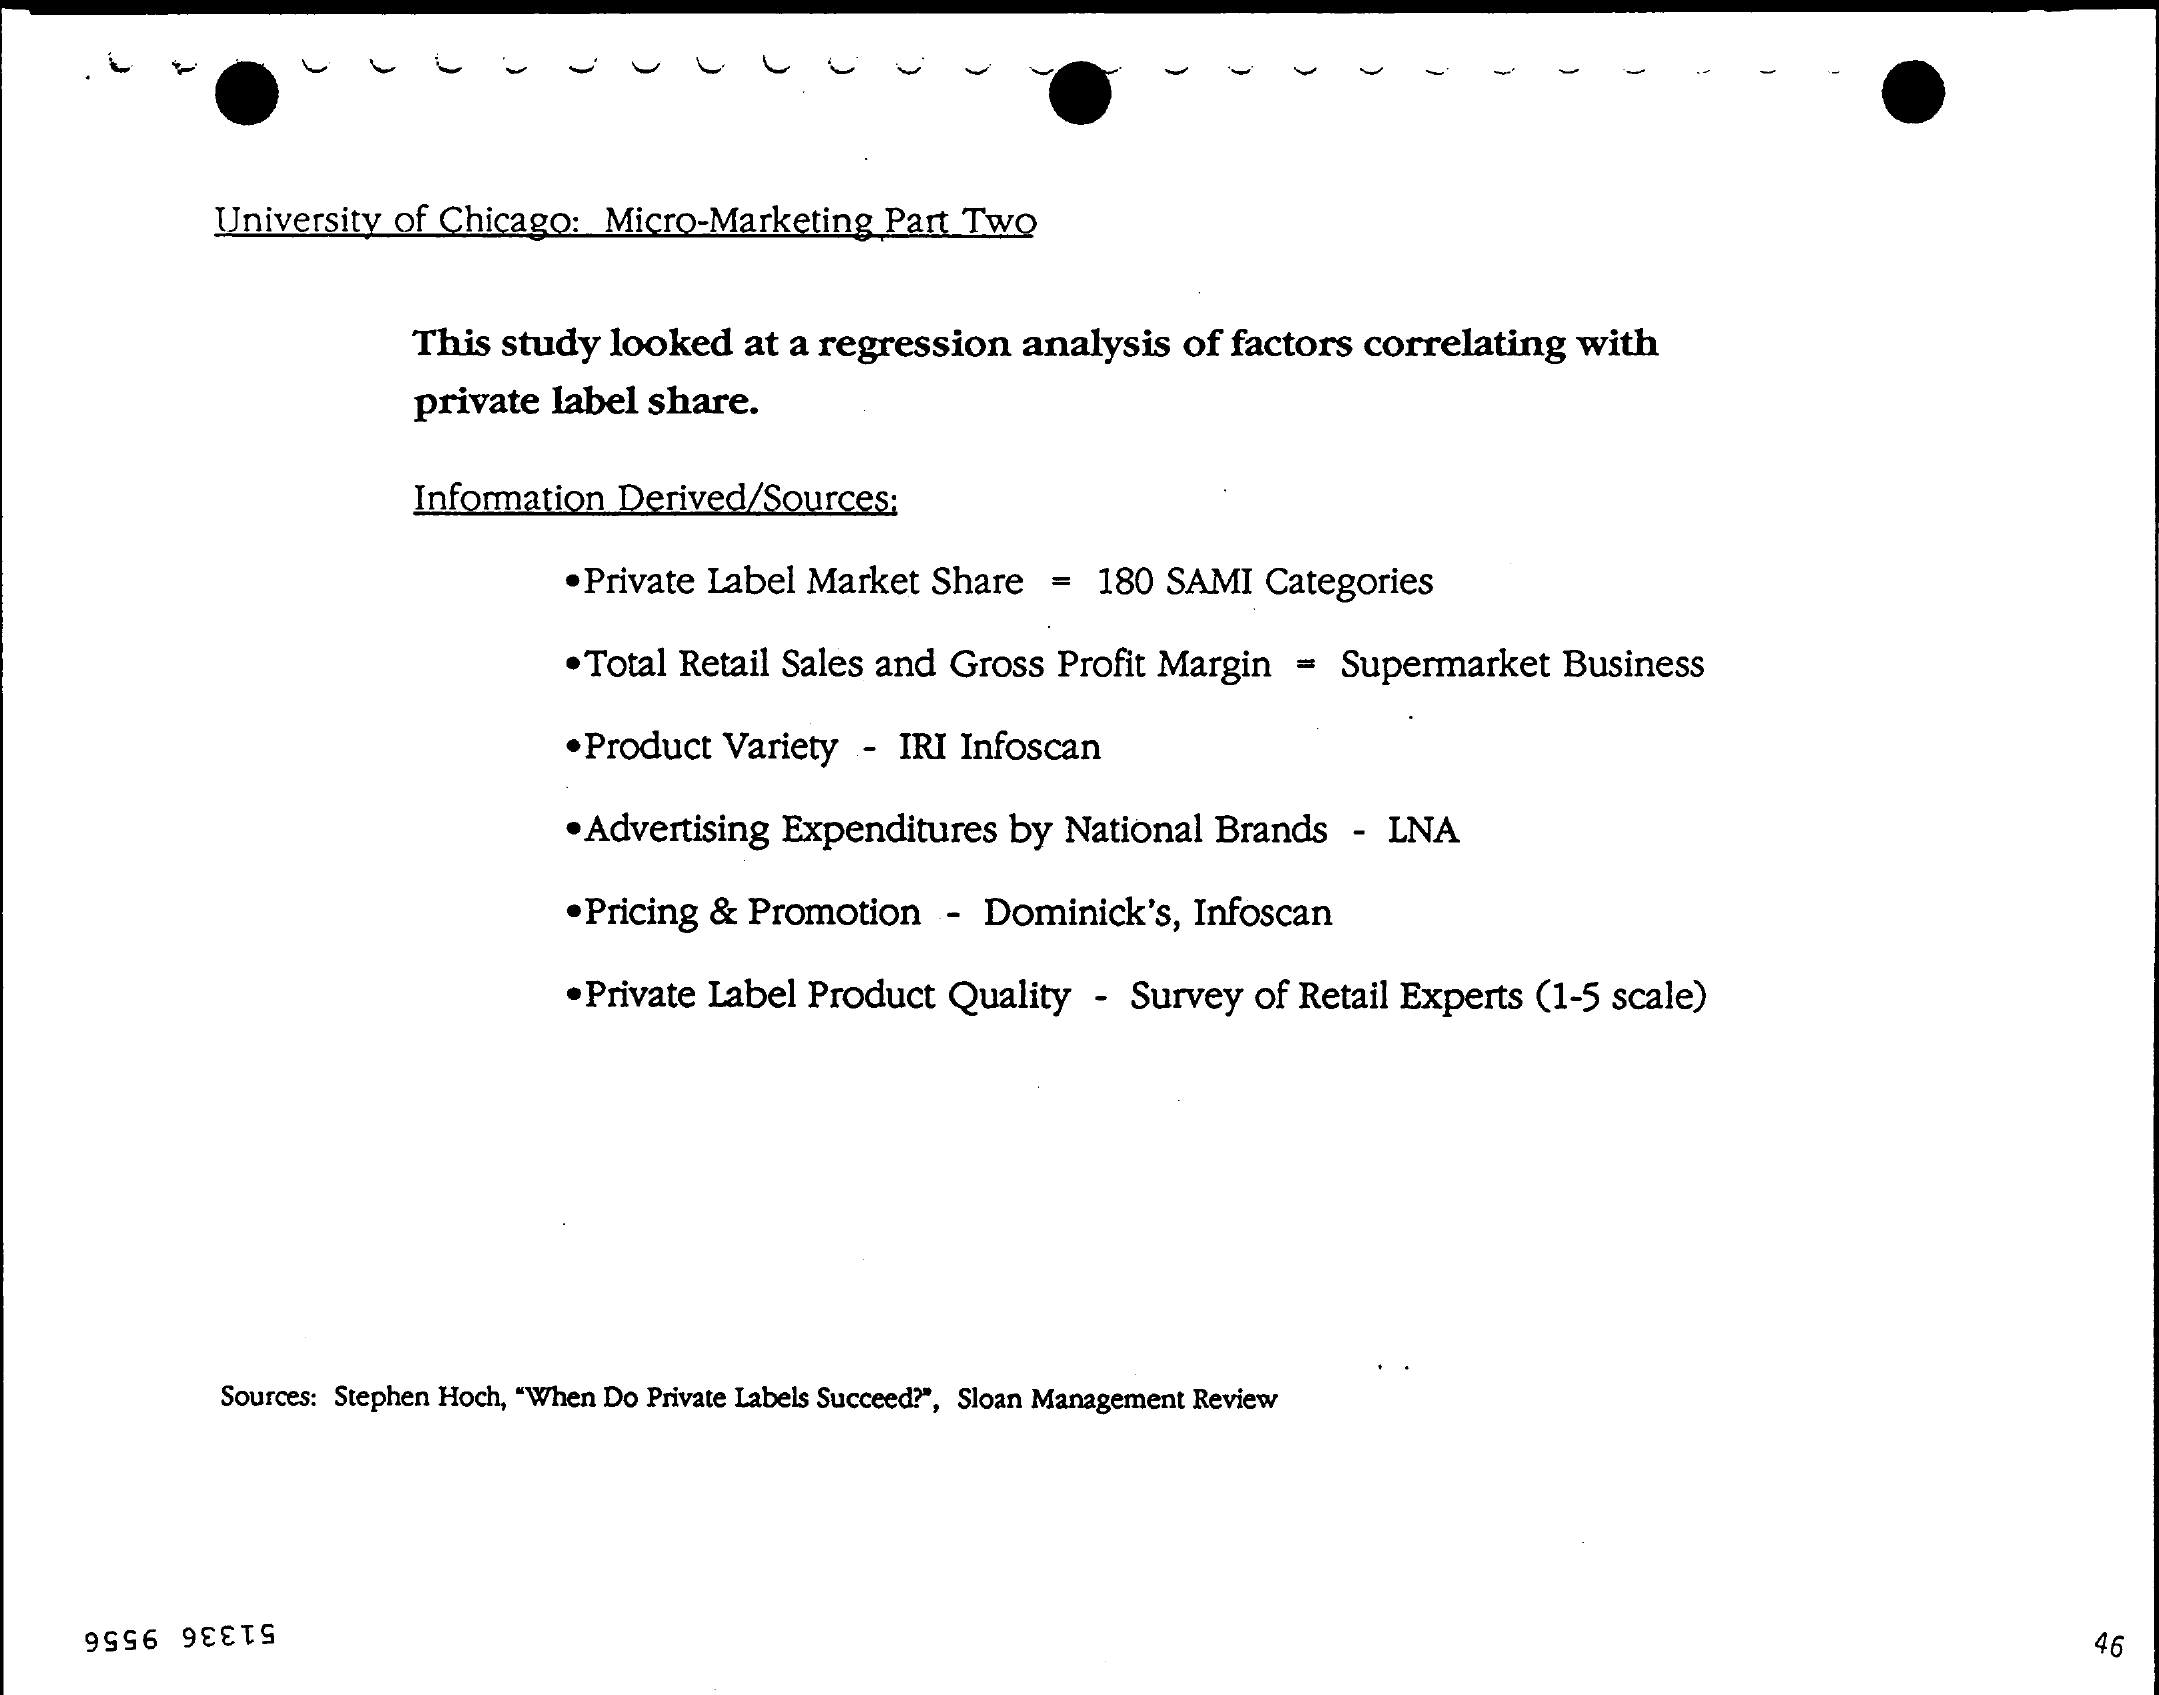
University of Chicago:    Micro-Marketing    Part Two
     This  study  looked   at a regression    analysis   of factors  correlating   with
     private  label  share.
     Information   Derived/Sources;
     . Private Label Market   Share   =  180  SAMI  Categories
     . Total Retail Sales and  Gross  Profit Margin   =  Supermarket    Business
     .Product   Variety  - IRI  Infoscan
     . Advertising Expenditures   by  National  Brands   - LNA
     .Pricing  & Promotion    - Dominick's,   Infoscan
     . Private Label Product   Quality   - Survey  of Retail Experts  (1-5  scale)
     Sources: Stephen Hoch, "When Do Private Labels Succeed?", Sloan Management Review
     51336 9556    46